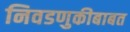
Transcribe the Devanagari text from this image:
निवडणुकीबाबत